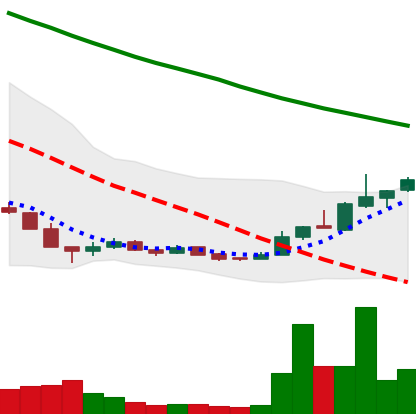
Ticker: ADA-USD
Chart end date: 2018-12-23
Forward return: -5.354%
Label: down_5_7